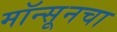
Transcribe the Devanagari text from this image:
मॉन्सूनचा